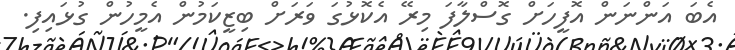
އެބަ އަންނަން އޮފީހަށް ގޮސްލާފަ މިރޭ އެކޮޅުގަ ވަރަށް ބިޒީކަމުން އެމީހުން ގުޅައިފި.